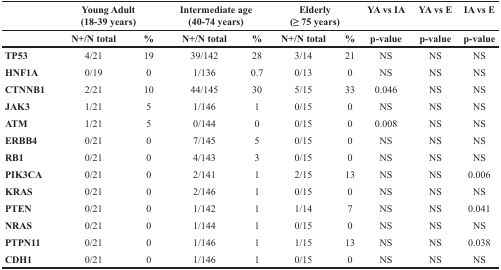
<table><thead><tr><td></td><td colspan="2"><b>Young Adult (18-39 years)</b></td><td colspan="2"><b>Intermediate age (40-74 years)</b></td><td colspan="2"><b>Elderly (≥ 75 years)</b></td><td><b>YA vs IA</b></td><td><b>YA vs E</b></td><td><b>IA vs E</b></td></tr><tr><td></td><td><b>N+/N total</b></td><td><b>%</b></td><td><b>N+/N total</b></td><td><b>%</b></td><td><b>N+/N total</b></td><td><b>%</b></td><td><b>p-value</b></td><td><b>p-value</b></td><td><b>p-value</b></td></tr></thead><tbody><tr><td><b>TP53</b></td><td>4/21</td><td>19</td><td>39/142</td><td>28</td><td>3/14</td><td>21</td><td>NS</td><td>NS</td><td>NS</td></tr><tr><td><b>HNF1A</b></td><td>0/19</td><td>0</td><td>1/136</td><td>0.7</td><td>0/13</td><td>0</td><td>NS</td><td>NS</td><td>NS</td></tr><tr><td><b>CTNNB1</b></td><td>2/21</td><td>10</td><td>44/145</td><td>30</td><td>5/15</td><td>33</td><td>0.046</td><td>NS</td><td>NS</td></tr><tr><td><b>JAK3</b></td><td>1/21</td><td>5</td><td>1/146</td><td>1</td><td>0/15</td><td>0</td><td>NS</td><td>NS</td><td>NS</td></tr><tr><td><b>ATM</b></td><td>1/21</td><td>5</td><td>0/144</td><td>0</td><td>0/15</td><td>0</td><td>0.008</td><td>NS</td><td>NS</td></tr><tr><td><b>ERBB4</b></td><td>0/21</td><td>0</td><td>7/145</td><td>5</td><td>0/15</td><td>0</td><td>NS</td><td>NS</td><td>NS</td></tr><tr><td><b>RB1</b></td><td>0/21</td><td>0</td><td>4/143</td><td>3</td><td>0/15</td><td>0</td><td>NS</td><td>NS</td><td>NS</td></tr><tr><td><b>PIK3CA</b></td><td>0/21</td><td>0</td><td>2/141</td><td>1</td><td>2/15</td><td>13</td><td>NS</td><td>NS</td><td>0.006</td></tr><tr><td><b>KRAS</b></td><td>0/21</td><td>0</td><td>2/146</td><td>1</td><td>0/15</td><td>0</td><td>NS</td><td>NS</td><td>NS</td></tr><tr><td><b>PTEN</b></td><td>0/21</td><td>0</td><td>1/142</td><td>1</td><td>1/14</td><td>7</td><td>NS</td><td>NS</td><td>0.041</td></tr><tr><td><b>NRAS</b></td><td>0/21</td><td>0</td><td>1/144</td><td>1</td><td>0/15</td><td>0</td><td>NS</td><td>NS</td><td>NS</td></tr><tr><td><b>PTPN11</b></td><td>0/21</td><td>0</td><td>1/146</td><td>1</td><td>1/15</td><td>13</td><td>NS</td><td>NS</td><td>0.038</td></tr><tr><td><b>CDH1</b></td><td>0/21</td><td>0</td><td>1/146</td><td>1</td><td>0/15</td><td>0</td><td>NS</td><td>NS</td><td>NS</td></tr></tbody></table>